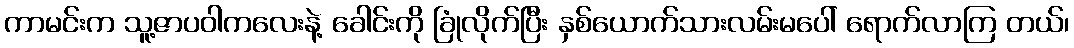
ကာမင်းက သူ့ဇာပဝါကလေးနဲ့ ခေါင်းကို ခြုံလိုက်ပြီး နှစ်ယောက်သားလမ်းမပေါ် ရောက်လာကြ တယ်၊